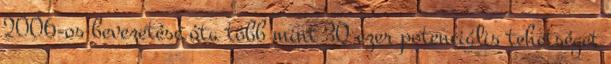
2006-os bevezetése óta több mint 30 ezer potenciális tehetséget